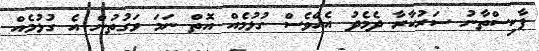
ޕާކިސްތާނު ސަރުކާރާ ދެމެދު އެއްވެސް ގުޅުމެއް އޮތް ނަމަ ވަގުތުން އެ ގުޅުމެއް